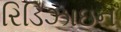
રિડિઝાઇન